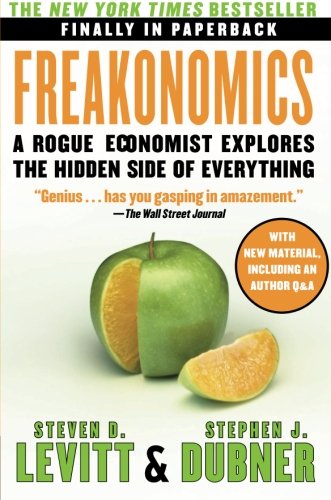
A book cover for Freakonomics: A Rogue Economist Explores the Hidden Side of Everything; Steven D. Levitt; Humor & Entertainment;